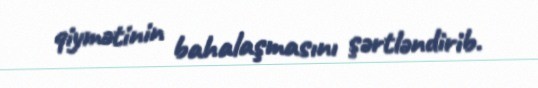
qiymətinin bahalaşmasını şərtləndirib.